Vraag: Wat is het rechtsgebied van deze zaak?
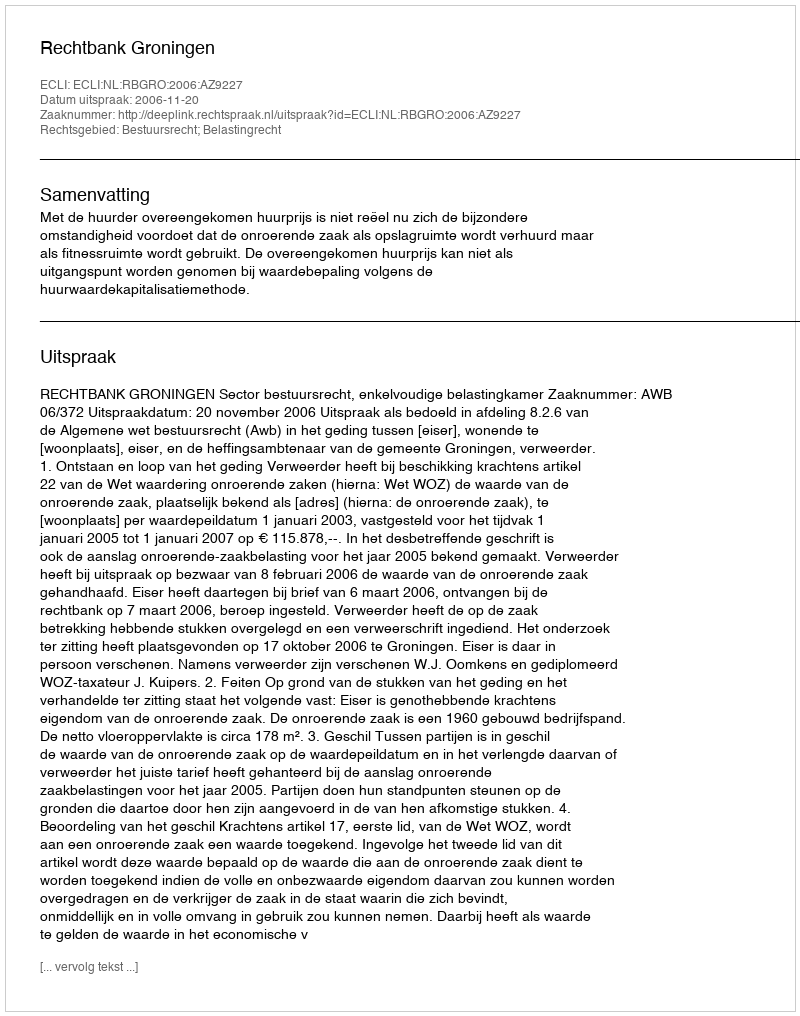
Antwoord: Bestuursrecht; Belastingrecht